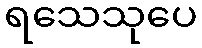
ရသေသုပေ